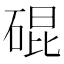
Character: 䃂